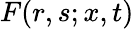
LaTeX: F(r,s;x,t)